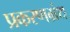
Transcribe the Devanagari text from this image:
प्रकरणग्रंथ